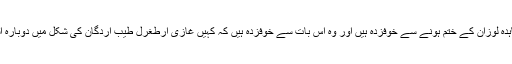
بقول شخصے کچھ طاقتیں 2023 میں معاہدہ لوزان کے ختم ہونے سے خوفزدہ ہیں اور وہ اس بات سے خوفزدہ ہیں کہ کہیں غازی ارطغرل طیب اردگان کی شکل میں دوبارہ اسلامی دنیا کا پرچم بلندیوں پر نہ لہرا دے۔